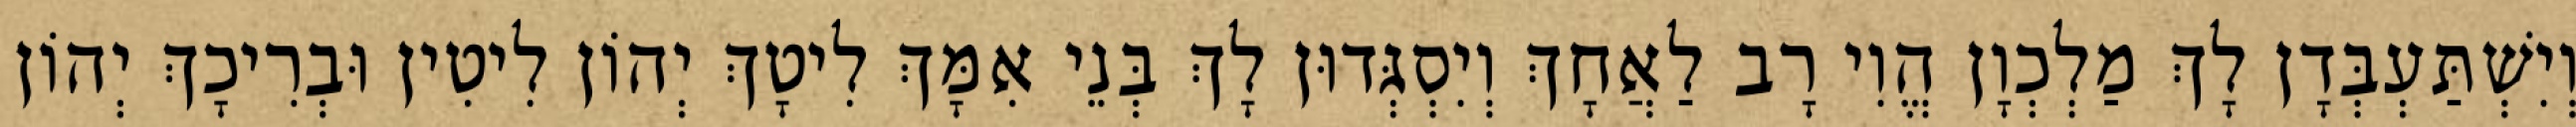
וְיִשְׁתַּעְבְּדָן לָךְ מַלְכְוָן הֱוִי רָב לַאֲחָךְ וְיִסְגְּדוּן לָךְ בְּנֵי אִמָּךְ לִיטָךְ יְהוֹן לִיטִין וּבְרִיכָךְ יְהוֹן